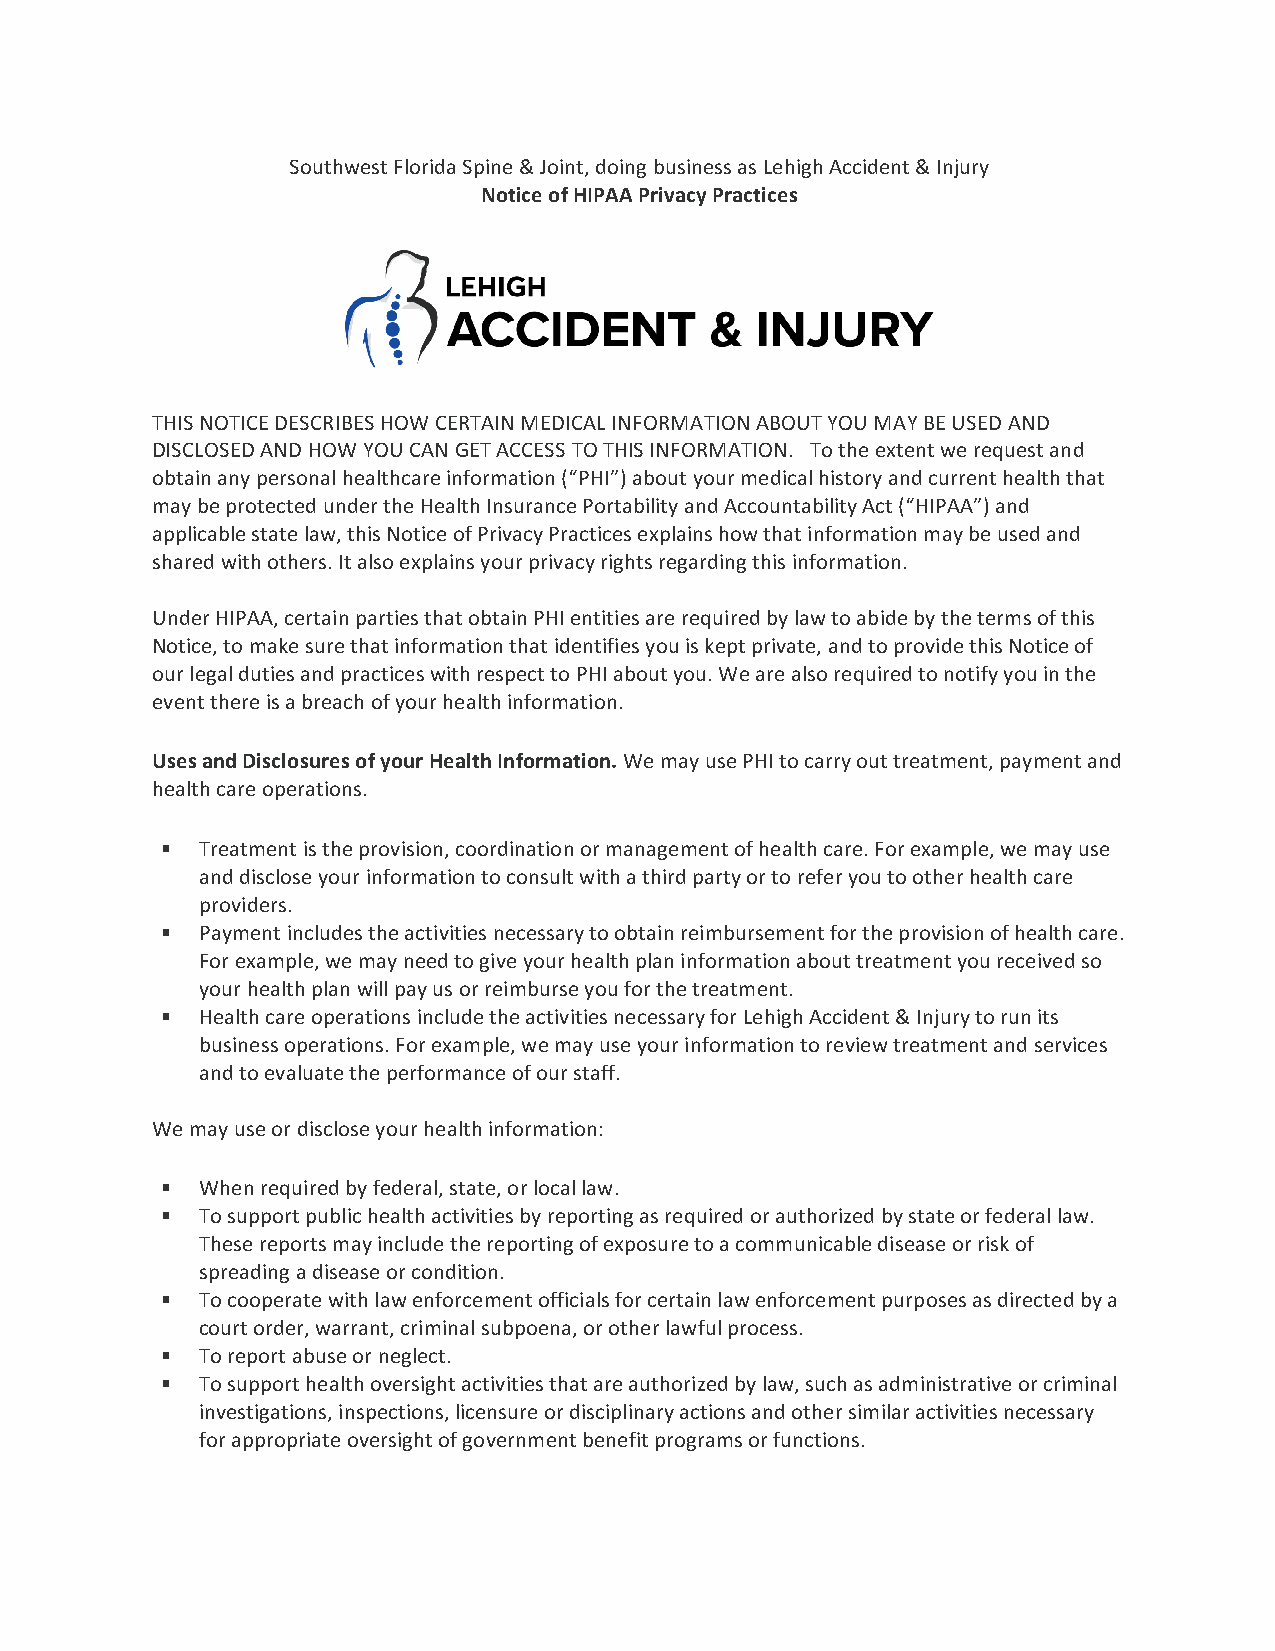
Southwest Florida Spine & Joint, doing business as Lehigh Accident & Injury
 Notice of HIPAA Privacy Practices
 THIS NOTICE DESCRIBES HOW CERTAIN MEDICAL INFORMATION ABOUT YOU MAY BE USED AND
 DISCLOSED AND HOW YOU CAN GET ACCESS TO THIS INFORMATION. To the extent we request and
 obtain any personal healthcare information (“PHI”) about your medical history and current health that
 may be protected under the Health Insurance Portability and Accountability Act (“HIPAA”) and
 applicable state law, this Notice of Privacy Practices explains how that information may be used and
 shared with others. It also explains your privacy rights regarding this information.
 Under HIPAA, certain parties that obtain PHI entities are required by law to abide by the terms of this
 Notice, to make sure that information that identifies you is kept private, and to provide this Notice of
 our legal duties and practices with respect to PHI about you. We are also required to notify you in the
 event there is a breach of your health information.
 Uses and Disclosures of your Health Information. We may use PHI to carry out treatment, payment and
 health care operations.
 § Treatment is the provision, coordination or management of health care. For example, we may use
 and disclose your information to consult with a third party or to refer you to other health care
 providers.
 § Payment includes the activities necessary to obtain reimbursement for the provision of health care.
 For example, we may need to give your health plan information about treatment you received so
 your health plan will pay us or reimburse you for the treatment.
 § Health care operations include the activities necessary for Lehigh Accident & Injury to run its
 business operations. For example, we may use your information to review treatment and services
 and to evaluate the performance of our staff.
 We may use or disclose your health information:
 § When required by federal, state, or local law.
 § To support public health activities by reporting as required or authorized by state or federal law.
 These reports may include the reporting of exposure to a communicable disease or risk of
 spreading a disease or condition.
 § To cooperate with law enforcement officials for certain law enforcement purposes as directed by a
 court order, warrant, criminal subpoena, or other lawful process.
 § To report abuse or neglect.
 § To support health oversight activities that are authorized by law, such as administrative or criminal
 investigations, inspections, licensure or disciplinary actions and other similar activities necessary
 for appropriate oversight of government benefit programs or functions.